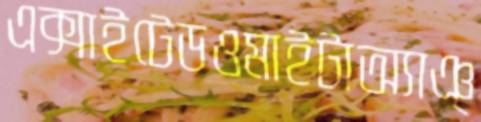
এক্সাইটেডওমাইটাঅ্যাঞ্